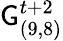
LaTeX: \mathsf{G}_{(9,8)}^{t+2}